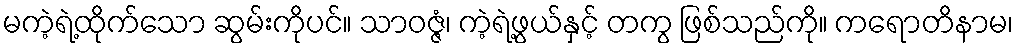
မကဲ့ရဲ့ထိုက်သော ဆွမ်းကိုပင်။ သာဝဇ္ဇံ၊ ကဲ့ရဲ့ဖွယ်နှင့် တကွ ဖြစ်သည်ကို။ ကရောတိနာမ၊